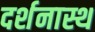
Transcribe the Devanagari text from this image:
दर्शनास्थ